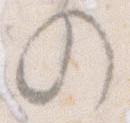
の